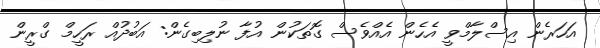
އަހަރެން އިސްލާމްވީ އެހެން އެއްވެސް ގޮތަކުން އުފާ ނުލިބިގެން: އަބުދުއް ރަހީމް ގްރީން